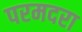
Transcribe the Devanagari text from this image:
परमदरा